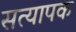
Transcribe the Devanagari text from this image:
सत्यापक